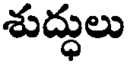
శుద్ధులు